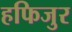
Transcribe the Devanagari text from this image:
हफिजुर